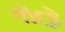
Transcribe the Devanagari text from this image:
गोऱ्हे